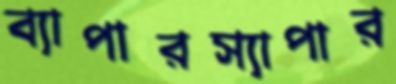
ব্যাপারস্যাপার